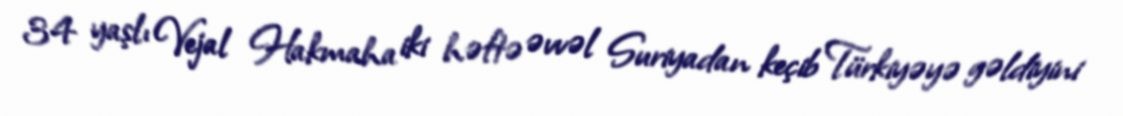
34 yaşlı Vejal Hakmaha iki həftə əvvəl Suriyadan keçib Türkiyəyə gəldiyini